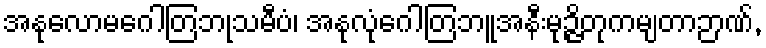
အနုလောမဂေါတြဘုသမီပံ၊ အနုလုံဂေါတြဘူအနီးမုဉ္ဇိတုကမျတာဉာဏ်,